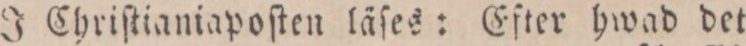
I Chriſtianiapoſten läſes: Efter hwad det